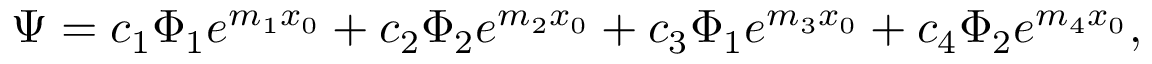
\begin{array} { r } { \Psi = c _ { 1 } \Phi _ { 1 } e ^ { m _ { 1 } x _ { 0 } } + c _ { 2 } \Phi _ { 2 } e ^ { m _ { 2 } x _ { 0 } } + c _ { 3 } \Phi _ { 1 } e ^ { m _ { 3 } x _ { 0 } } + c _ { 4 } \Phi _ { 2 } e ^ { m _ { 4 } x _ { 0 } } , } \end{array}